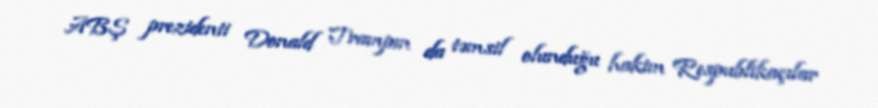
ABŞ prezidenti Donald Trampın da təmsil olunduğu hakim Respublikaçılar